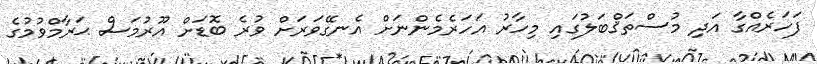
ފަހަރެއްގާ އަދި މުސްތަޤްބަލުގައި މިހާރު އަހަރެމެންނަށް އެނގޭވަރަށް ވުރެ ބޮޑަށް އޫރުމަސް ޙަރާމްވުމުގެ